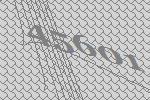
45601